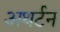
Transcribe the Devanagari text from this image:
अथर्टन